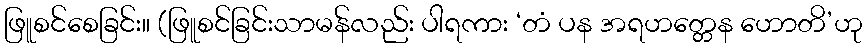
ဖြူစင်စေခြင်း။ (ဖြူစင်ခြင်းသာမန်လည်း ပါရကား ‘တံ ပန အရဟတ္တေန ဟောတိ’ဟု